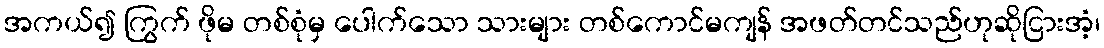
အကယ်၍ ကြွက် ဖိုမ တစ်စုံမှ ပေါက်သော သားများ တစ်ကောင်မကျန် အဖတ်တင်သည်ဟုဆိုငြားအံ့၊